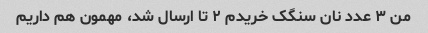
من ٣ عدد نان سنگک خریدم ٢ تا ارسال شد، مهمون هم داریم